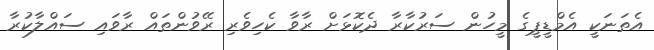
އެތަނަކީ އެމްޑީޕީގެ މީހުން ސަރުކާރާ ދެކޮޅަށް ރާވާ ކެހިވެރި ރޭވުންތައް ރާވައި ސައްލާކުރާ